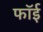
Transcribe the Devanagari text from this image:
फॉई